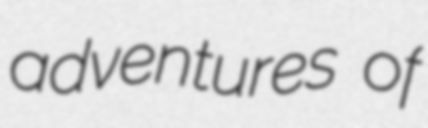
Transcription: adventures of